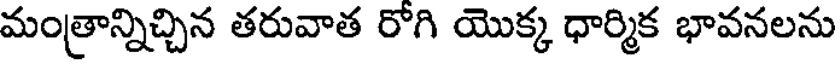
మంత్రాన్నిచ్చిన తరువాత రోగి యొక్క ధార్మిక భావనలను